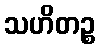
သဟိတဉ္စ